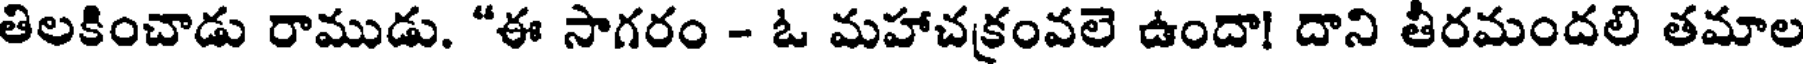
తిలకించాడు రాముడు. "ఈ సాగరం - ఓ మహాచక్రంవలె ఉందా! దాని తీరమందలి తమాల